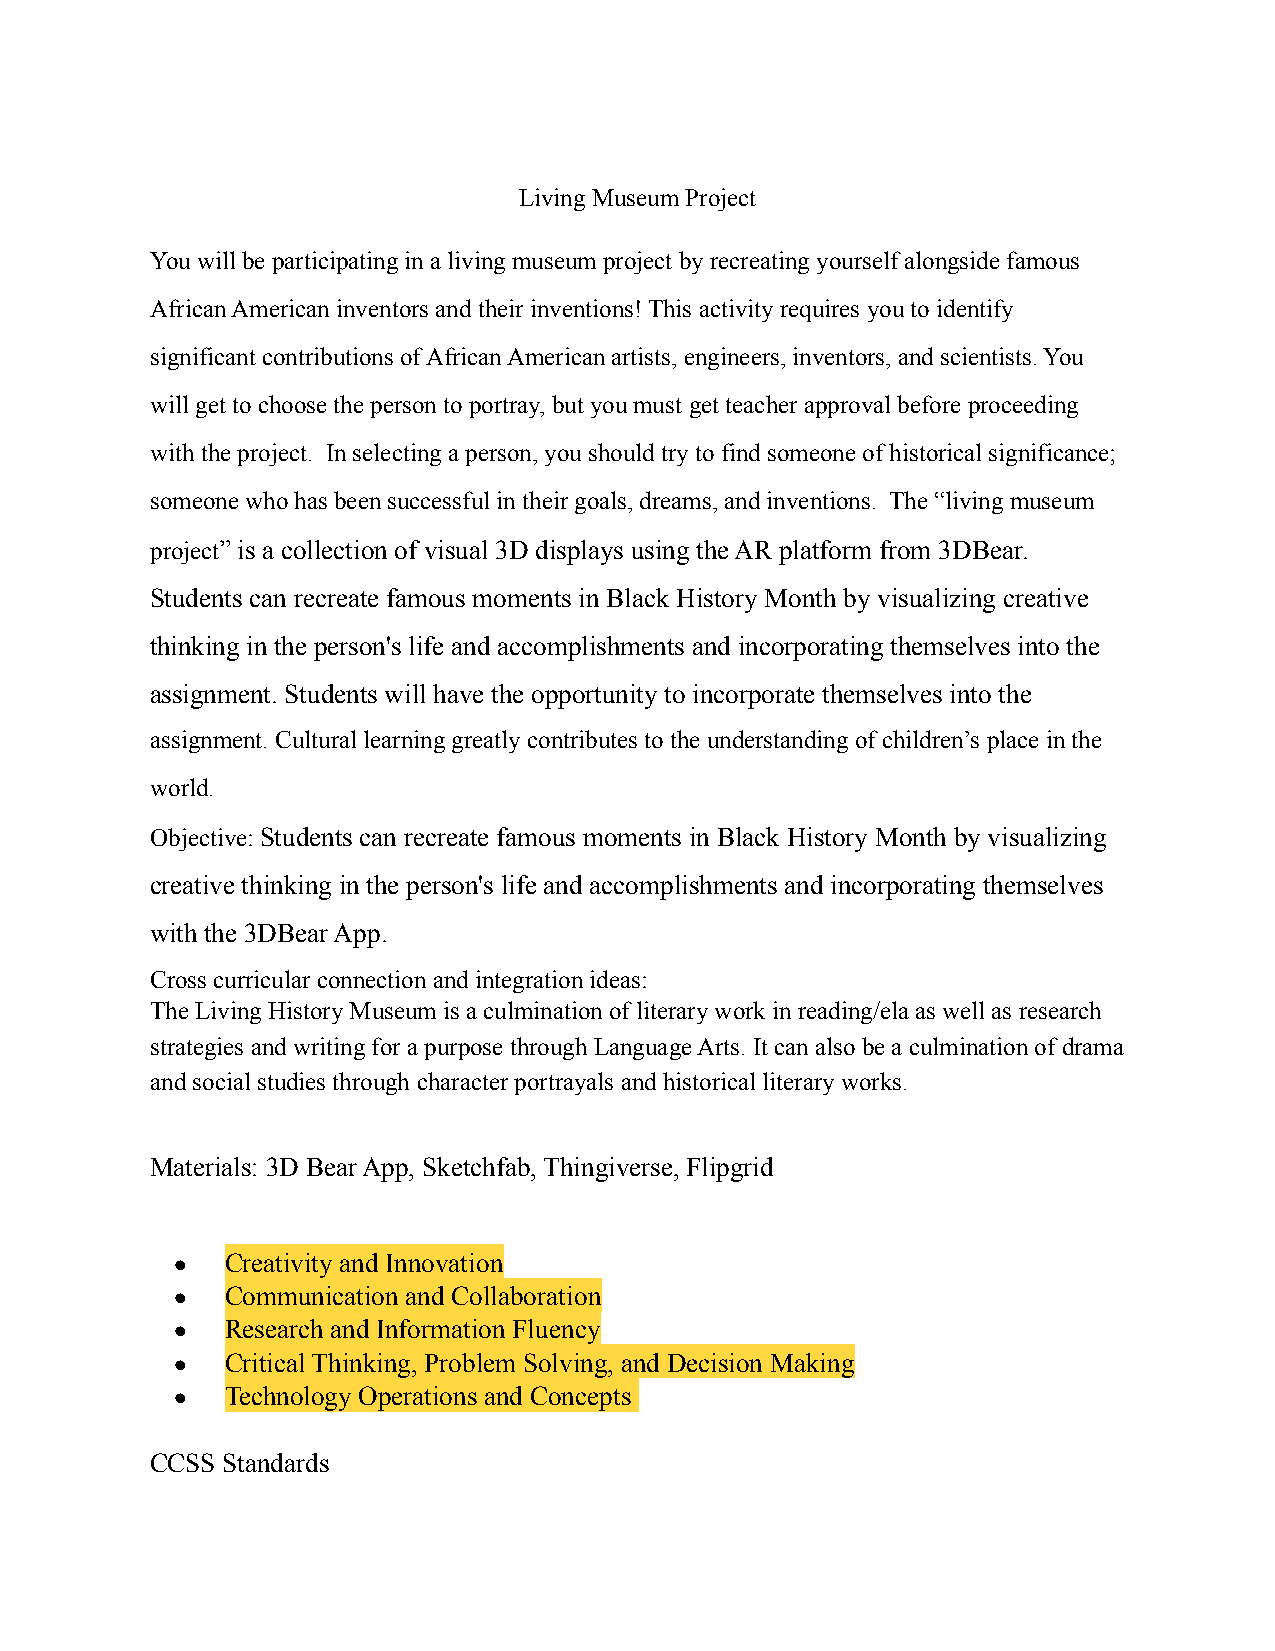
Living Museum Project
 You will be participating in a living museum project by recreating yourself alongside famous
 African American inventors and their inventions! This activity requires you to identify
 significant contributions of African American artists, engineers, inventors, and scientists. You
 will get to choose the person to portray, but you must get teacher approval before proceeding
 with the project. In selecting a person, you should try to find someone of historical significance;
 someone who has been successful in their goals, dreams, and inventions. The “living museum
 project” is a collection of visual 3D displays using the AR platform from 3DBear.
 Students can recreate famous moments in Black History Month by visualizing creative
 thinking in the person's life and accomplishments and incorporating themselves into the
 assignment. Students will have the opportunity to incorporate themselves into the
 assignment. Cultural learning greatly contributes to the understanding of children’s place in the
 world.
 Objective: Students can recreate famous moments in Black History Month by visualizing
 creative thinking in the person's life and accomplishments and incorporating themselves
 with the 3DBear App.
 Cross curricular connection and integration ideas:
 The Living History Museum is a culmination of literary work in reading/ela as well as research
 strategies and writing for a purpose through Language Arts. It can also be a culmination of drama
 and social studies through character portrayals and historical literary works.
 Materials: 3D Bear App, Sketchfab, Thingiverse, Flipgrid
 •   Creativity and Innovation
 •   Communication and Collaboration
 •   Research and Information Fluency
 •   Critical Thinking, Problem Solving, and Decision Making
 •   Technology Operations and Concepts
 CCSS Standards